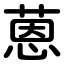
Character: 蒽